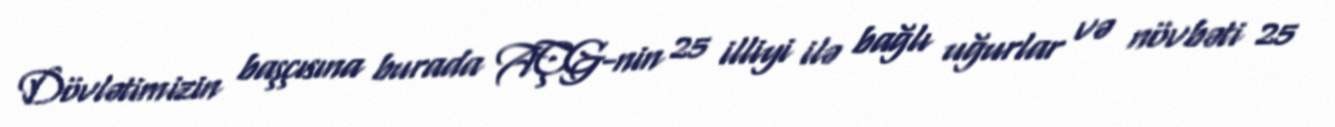
Dövlətimizin başçısına burada AÇG-nin 25 illiyi ilə bağlı uğurlar və növbəti 25